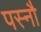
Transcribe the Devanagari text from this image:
पस्नौ